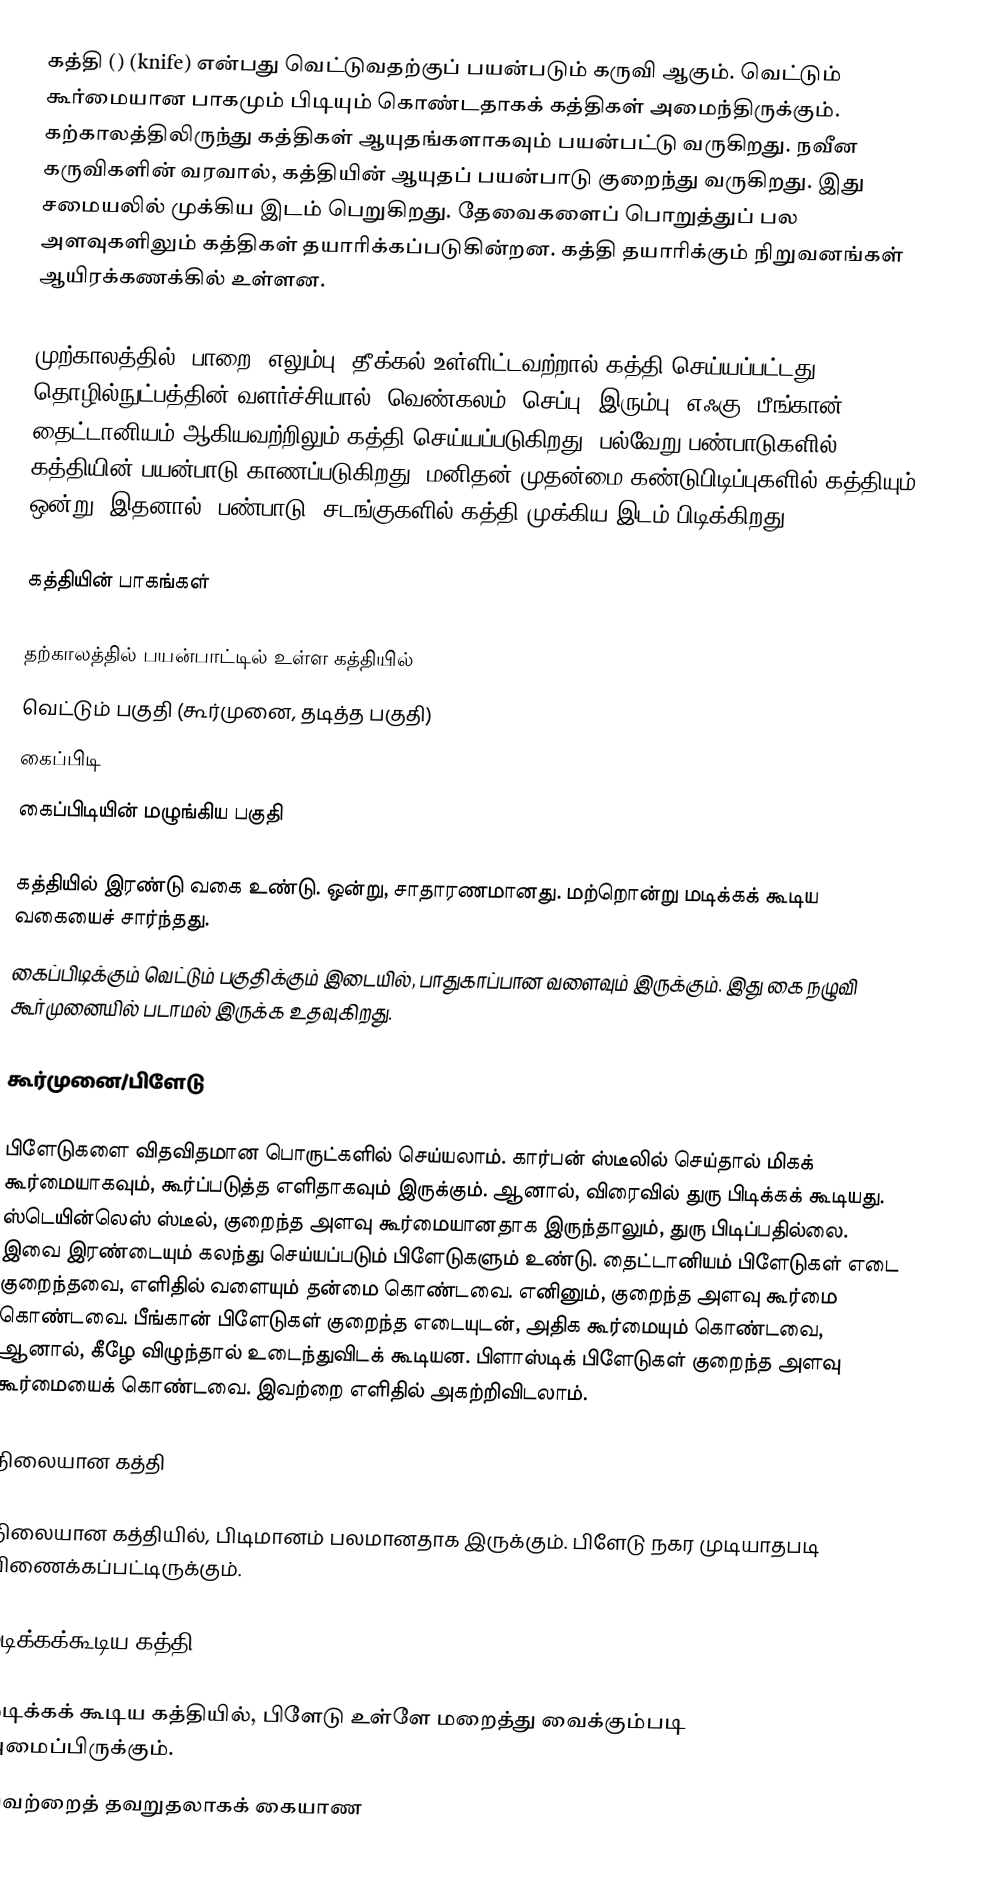
கத்தி () (knife) என்பது வெட்டுவதற்குப் பயன்படும் கருவி ஆகும். வெட்டும் கூர்மையான பாகமும் பிடியும் கொண்டதாகக் கத்திகள் அமைந்திருக்கும். கற்காலத்திலிருந்து கத்திகள் ஆயுதங்களாகவும் பயன்பட்டு வருகிறது. நவீன கருவிகளின் வரவால், கத்தியின் ஆயுதப் பயன்பாடு குறைந்து வருகிறது. இது சமையலில் முக்கிய இடம் பெறுகிறது. தேவைகளைப் பொறுத்துப் பல அளவுகளிலும் கத்திகள் தயாரிக்கப்படுகின்றன. கத்தி தயாரிக்கும் நிறுவனங்கள் ஆயிரக்கணக்கில் உள்ளன.

முற்காலத்தில், பாறை, எலும்பு, தீக்கல் உள்ளிட்டவற்றால் கத்தி செய்யப்பட்டது. தொழில்நுட்பத்தின் வளர்ச்சியால், வெண்கலம், செப்பு, இரும்பு, எஃகு, பீங்கான், தைட்டானியம் ஆகியவற்றிலும் கத்தி செய்யப்படுகிறது. பல்வேறு பண்பாடுகளில் கத்தியின் பயன்பாடு காணப்படுகிறது. மனிதன் முதன்மை கண்டுபிடிப்புகளில் கத்தியும் ஒன்று. இதனால், பண்பாடு, சடங்குகளில் கத்தி முக்கிய இடம் பிடிக்கிறது.

கத்தியின் பாகங்கள்

தற்காலத்தில் பயன்பாட்டில் உள்ள கத்தியில்
 வெட்டும் பகுதி (கூர்முனை, தடித்த பகுதி)
 கைப்பிடி
 கைப்பிடியின் மழுங்கிய பகுதி

கத்தியில் இரண்டு வகை உண்டு. ஒன்று, சாதாரணமானது. மற்றொன்று மடிக்கக் கூடிய வகையைச் சார்ந்தது.
கைப்பிடிக்கும் வெட்டும் பகுதிக்கும் இடையில், பாதுகாப்பான வளைவும் இருக்கும். இது கை நழுவி கூர்முனையில் படாமல் இருக்க உதவுகிறது.

கூர்முனை/பிளேடு

பிளேடுகளை விதவிதமான பொருட்களில் செய்யலாம். கார்பன் ஸ்டீலில் செய்தால் மிகக் கூர்மையாகவும், கூர்ப்படுத்த எளிதாகவும் இருக்கும். ஆனால், விரைவில் துரு பிடிக்கக் கூடியது. ஸ்டெயின்லெஸ் ஸ்டீல், குறைந்த அளவு கூர்மையானதாக இருந்தாலும், துரு பிடிப்பதில்லை. இவை இரண்டையும் கலந்து செய்யப்படும் பிளேடுகளும் உண்டு. தைட்டானியம் பிளேடுகள் எடை குறைந்தவை, எளிதில் வளையும் தன்மை கொண்டவை. எனினும், குறைந்த அளவு கூர்மை கொண்டவை. பீங்கான் பிளேடுகள் குறைந்த எடையுடன், அதிக கூர்மையும் கொண்டவை, ஆனால், கீழே விழுந்தால் உடைந்துவிடக் கூடியன. பிளாஸ்டிக் பிளேடுகள் குறைந்த அளவு கூர்மையைக் கொண்டவை. இவற்றை எளிதில் அகற்றிவிடலாம்.

நிலையான கத்தி

நிலையான கத்தியில், பிடிமானம் பலமானதாக இருக்கும். பிளேடு நகர முடியாதபடி பிணைக்கப்பட்டிருக்கும்.

மடிக்கக்கூடிய கத்தி

மடிக்கக் கூடிய கத்தியில், பிளேடு உள்ளே மறைத்து வைக்கும்படி அமைப்பிருக்கும்.
இவற்றைத் தவறுதலாகக் கையாண